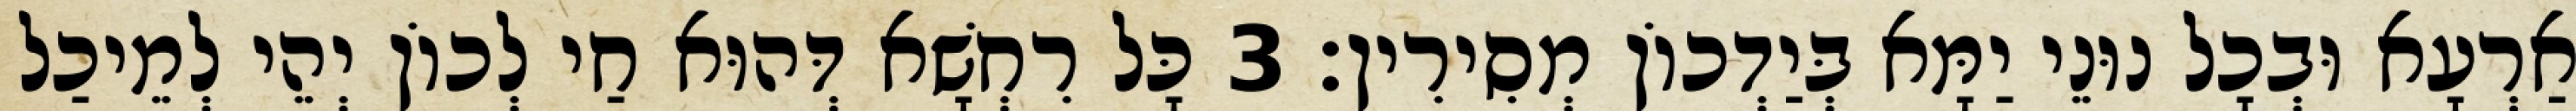
אַרְעָא וּבְכָל נוּנֵי יַמָּא בְּיַדְכוֹן מְסִירִין׃ 3 כָּל רִחְשָׁא דְּהוּא חַי לְכוֹן יְהֵי לְמֵיכַל